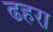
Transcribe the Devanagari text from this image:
ढहरा